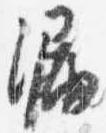
漏